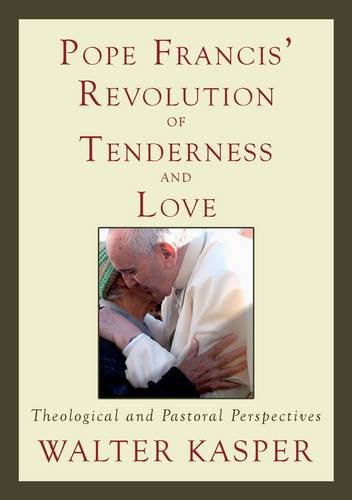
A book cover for Pope Francis' Revolution of Tenderness and Love: Theological and Pastoral Perspectives; Cardinal Walter Kasper; Christian Books & Bibles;